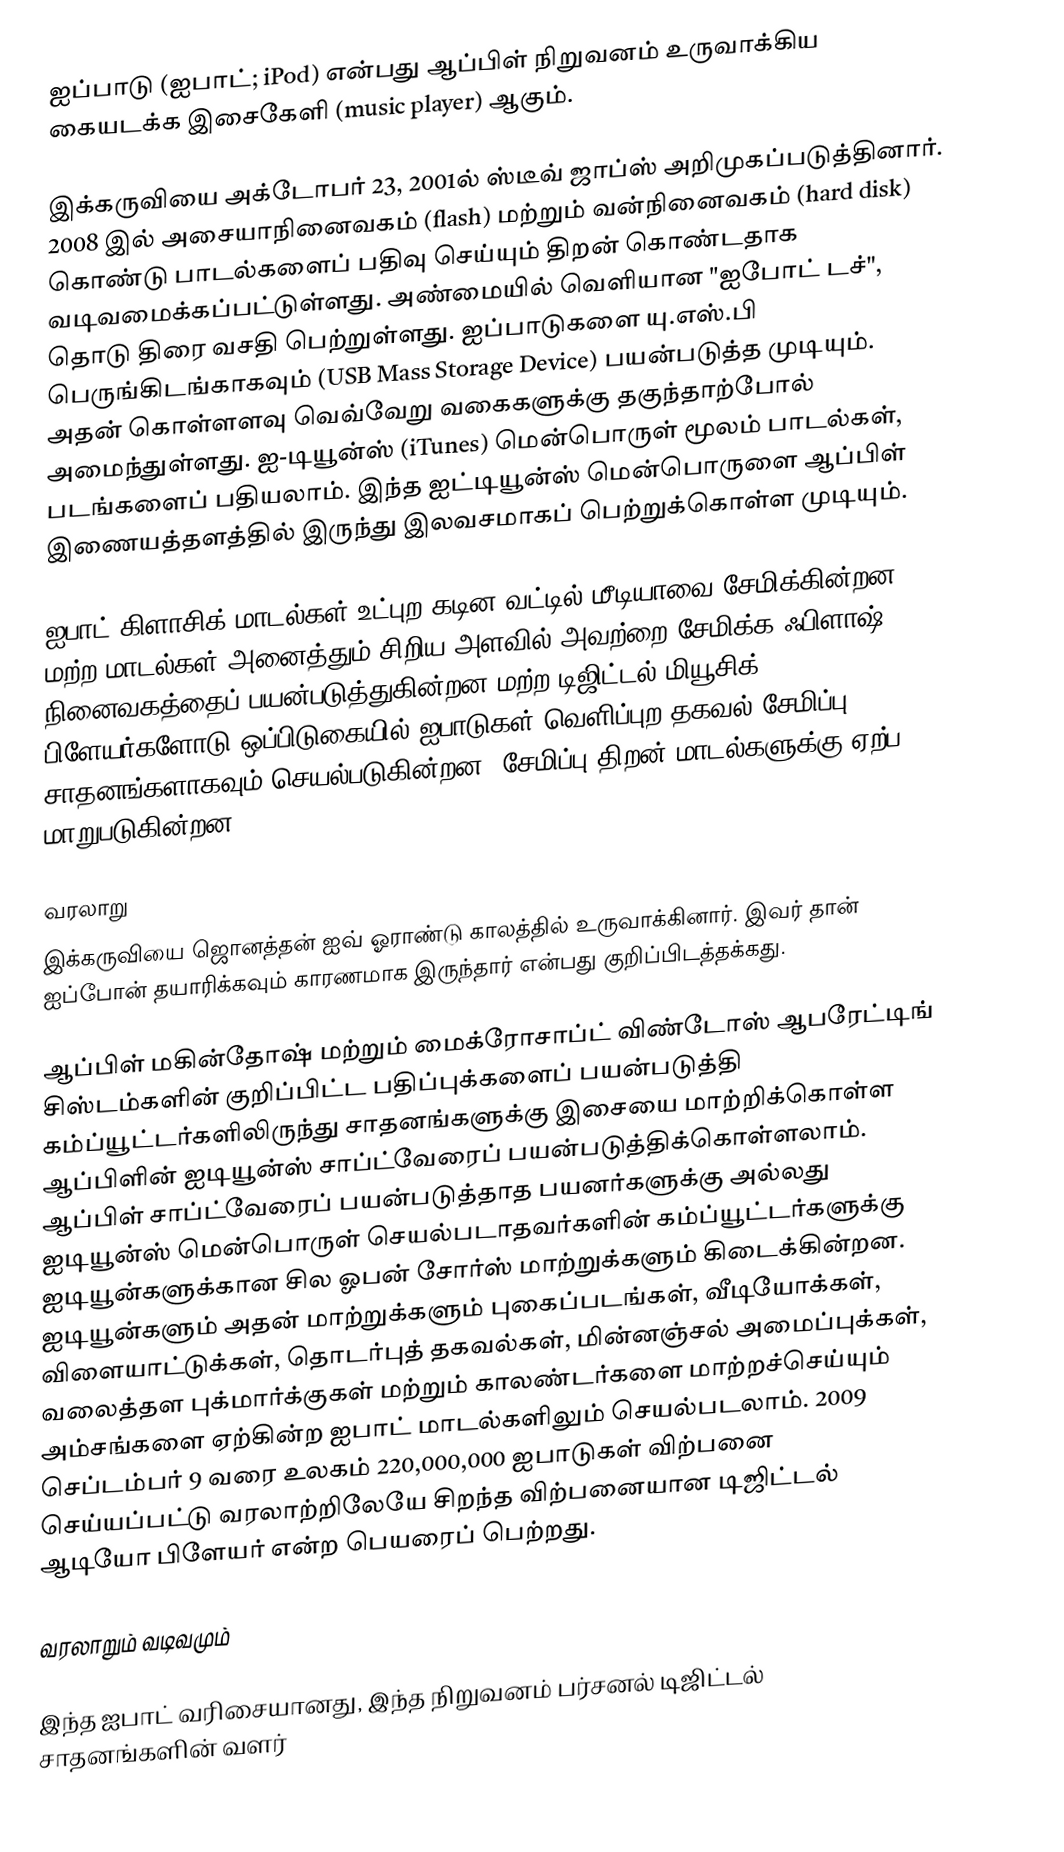
ஐப்பாடு (ஐபாட்; iPod) என்பது ஆப்பிள் நிறுவனம் உருவாக்கிய கையடக்க இசைகேளி (music player) ஆகும்.

இக்கருவியை அக்டோபர் 23, 2001ல் ஸ்டீவ் ஜாப்ஸ் அறிமுகப்படுத்தினார். 2008 இல் அசையாநினைவகம் (flash) மற்றும் வன்நினைவகம் (hard disk) கொண்டு பாடல்களைப் பதிவு செய்யும் திறன் கொண்டதாக வடிவமைக்கப்பட்டுள்ளது. அண்மையில் வெளியான "ஐபோட் டச்", தொடு திரை வசதி பெற்றுள்ளது. ஐப்பாடுகளை யு.எஸ்.பி பெருங்கிடங்காகவும் (USB Mass Storage Device) பயன்படுத்த முடியும். அதன் கொள்ளளவு வெவ்வேறு வகைகளுக்கு தகுந்தாற்போல் அமைந்துள்ளது. ஐ-டியூன்ஸ் (iTunes) மென்பொருள் மூலம் பாடல்கள், படங்களைப் பதியலாம். இந்த ஐட்டியூன்ஸ் மென்பொருளை ஆப்பிள் இணையத்தளத்தில் இருந்து இலவசமாகப் பெற்றுக்கொள்ள முடியும்.

ஐபாட் கிளாசிக் மாடல்கள் உட்புற கடின வட்டில் மீடியாவை சேமிக்கின்றன, மற்ற மாடல்கள் அனைத்தும் சிறிய அளவில் அவற்றை சேமிக்க ஃபிளாஷ் நினைவகத்தைப் பயன்படுத்துகின்றன மற்ற டிஜிட்டல் மியூசிக் பிளேயர்களோடு ஒப்பிடுகையில் ஐபாடுகள் வெளிப்புற தகவல் சேமிப்பு சாதனங்களாகவும் செயல்படுகின்றன. சேமிப்பு திறன் மாடல்களுக்கு ஏற்ப மாறுபடுகின்றன.

வரலாறு
இக்கருவியை ஜொனத்தன் ஐவ் ஓராண்டு காலத்தில் உருவாக்கினார். இவர் தான் ஐப்போன் தயாரிக்கவும் காரணமாக இருந்தார் என்பது குறிப்பிடத்தக்கது.

ஆப்பிள் மகின்தோஷ் மற்றும் மைக்ரோசாப்ட் விண்டோஸ் ஆபரேட்டிங் சிஸ்டம்களின் குறிப்பிட்ட பதிப்புக்களைப் பயன்படுத்தி கம்ப்யூட்டர்களிலிருந்து சாதனங்களுக்கு இசையை மாற்றிக்கொள்ள ஆப்பிளின் ஐடியூன்ஸ் சாப்ட்வேரைப் பயன்படுத்திக்கொள்ளலாம். ஆப்பிள் சாப்ட்வேரைப் பயன்படுத்தாத பயனர்களுக்கு அல்லது ஐடியூன்ஸ் மென்பொருள் செயல்படாதவர்களின் கம்ப்யூட்டர்களுக்கு ஐடியூன்களுக்கான சில ஓபன் சோர்ஸ் மாற்றுக்களும் கிடைக்கின்றன. ஐடியூன்களும் அதன் மாற்றுக்களும் புகைப்படங்கள், வீடியோக்கள், விளையாட்டுக்கள், தொடர்புத் தகவல்கள், மின்னஞ்சல் அமைப்புக்கள், வலைத்தள புக்மார்க்குகள் மற்றும் காலண்டர்களை மாற்றச்செய்யும் அம்சங்களை ஏற்கின்ற ஐபாட் மாடல்களிலும் செயல்படலாம். 2009 செப்டம்பர் 9 வரை உலகம் 220,000,000 ஐபாடுகள் விற்பனை செய்யப்பட்டு வரலாற்றிலேயே சிறந்த விற்பனையான டிஜிட்டல் ஆடியோ பிளேயர் என்ற பெயரைப் பெற்றது.

வரலாறும் வடிவமும்

இந்த ஐபாட் வரிசையானது, இந்த நிறுவனம் பர்சனல் டிஜிட்டல் சாதனங்களின் வளர்